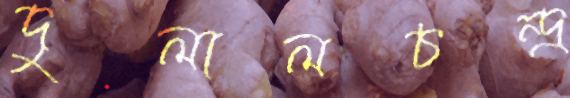
দুলালচন্দ্র